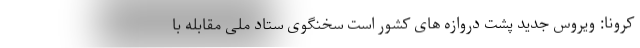
کرونا: ویروس جدید پشت دروازه های کشور است سخنگوی ستاد ملی مقابله با